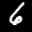
Label: 6